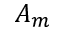
A _ { m }